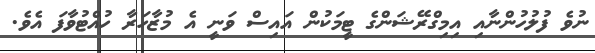
ނުވެ ފުލުހުންނާއި އިމިގްރޭޝަންގެ ޓީމަކުން އައިސް ވަނީ އެ މުޒާހަރާ ހުއްޓުވާފަ އެވެ.